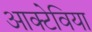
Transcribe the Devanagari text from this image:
आक्टेविया